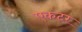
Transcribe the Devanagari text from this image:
एकटर